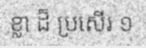
ខ្លា ដ៏ ប្រសើរ ១